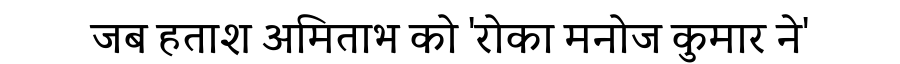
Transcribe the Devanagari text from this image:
जब हताश अमिताभ को 'रोका मनोज कुमार ने'